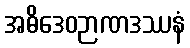
အဓိဒေဝဉာဏဒဿနံ